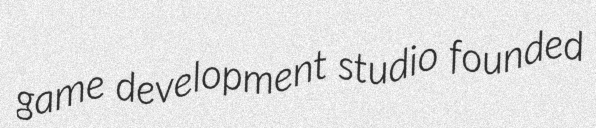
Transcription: game development studio founded